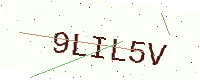
Text: 9LIL5V